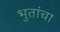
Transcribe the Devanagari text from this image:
भुतांचा